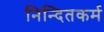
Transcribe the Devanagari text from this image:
निन्दितकर्म